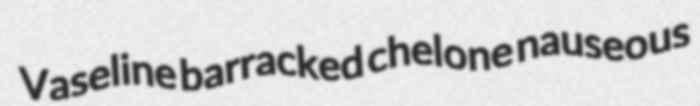
Vaseline barracked chelone nauseous